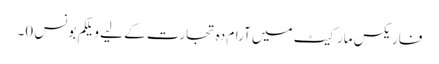
فاریکس مارکیٹ میں آرام دہ تجارت کے لیے ویلکم بونس 0۔